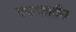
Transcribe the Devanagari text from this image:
गवाक्षहीन